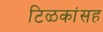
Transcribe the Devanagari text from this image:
टिळकांसह